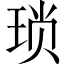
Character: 琐